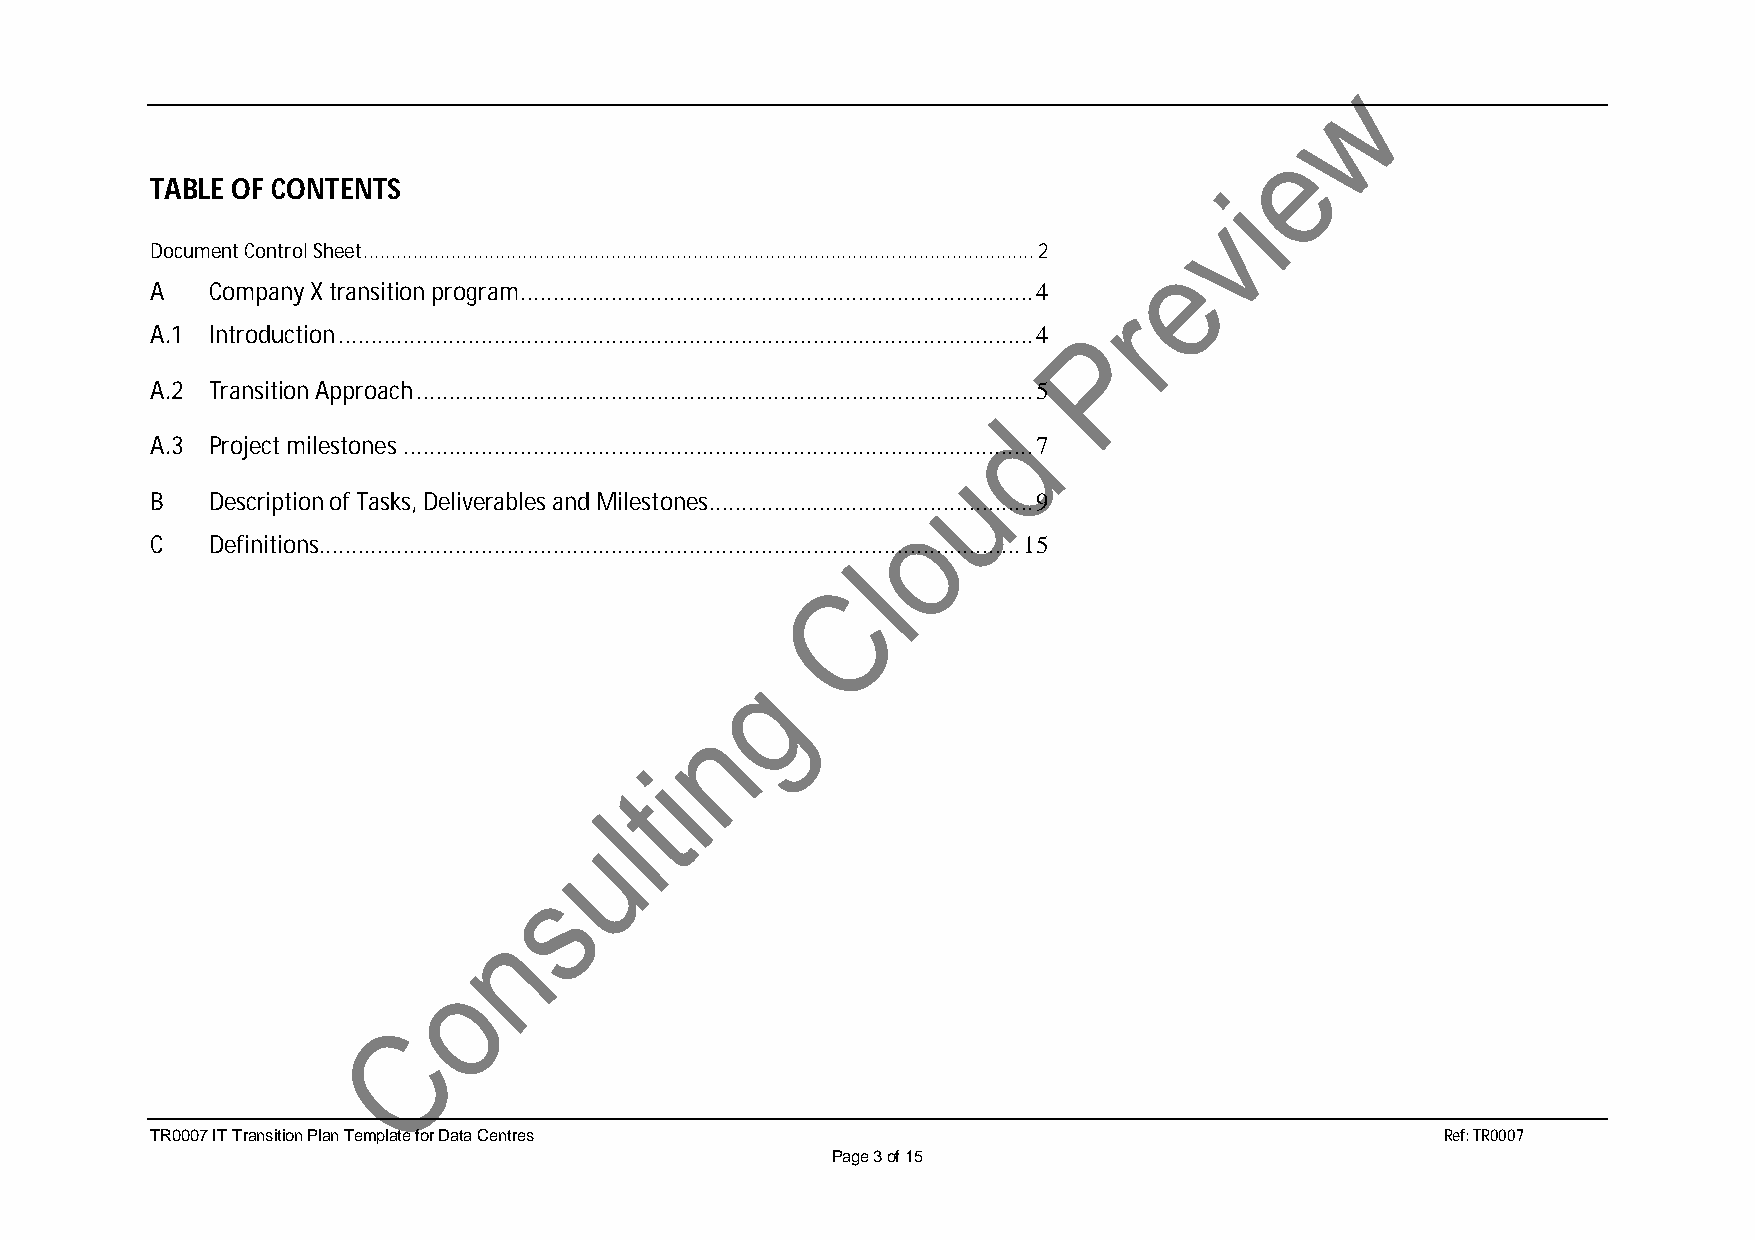
TABLE OF CONTENTS
 Document Control Sheet .......................................................................................................................... 2
 A   Company X transition program ............................................................................... 4
 A.1 Introduction ........................................................................................................... 4
 A.2 Transition Approach ............................................................................................... 5
 A.3 Project milestones ................................................................................................. 7
 B   Description of Tasks, Deliverables and Milestones.................................................. 9
 C   Definitions............................................................................................................ 15
 TR0007 IT Transition Plan Template for Data Centres                                   Ref: TR0007
 Page 3 of 15